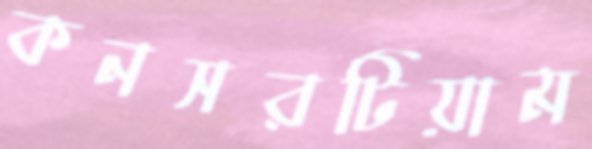
কনসরটিয়াম